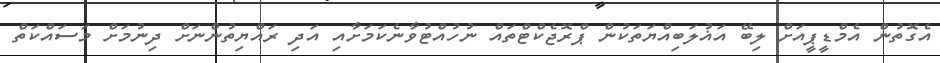
އެގޮތުން އެމްޑީޕީއަށް ލިބޭ އަޣުލަބިއްޔަތަކުން ޕްރޮޖެކްޓްތައް ނުހުއްޓުވާނެކަމަށާއި އަދި ރައްޔިތުންނަށް ދިނުމަށް މަސައްކަތް